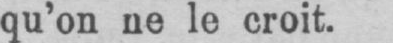
qu’on ne le croit.